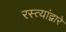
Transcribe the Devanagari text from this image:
रस्त्यांद्वारे